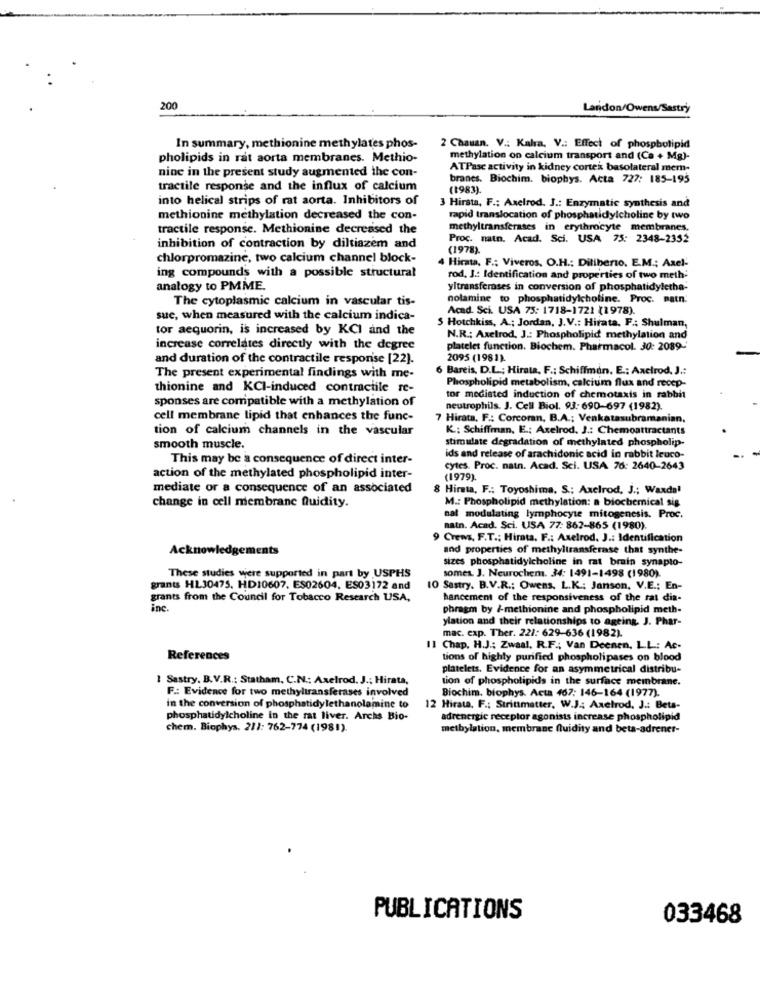
200
Landon/Owens/Sastry
In summary, methionine methylates phos-
2 Chauan. V .: Kahra. V .: Effect of phospholipid
pholipids in rat aorta membranes. Methio-
methylation on calcium transport and (Ca + Mg)-
nine in the present study augmented the con-
ATPase activity in kidney cortex basolateral mem-
branes. Biochim. biophys. Acta 727: 185-195
tractile response and the influx of calcium
(1983).
into helical strips of rat aorta. Inhibitors of
3 Hirsta, F .: Axelrod. J .: Enzymatic synthesis and
methionine methylation decreased the con-
rapid translocation of phosphatidylcholine by two
tractile response. Methionine decreased the
methyltransferases in erythrocyte membranes.
Proc. natn. Acad. Sci. USA 75: 2348-2352
inhibition of contraction by diltiazem and
(1978).
chlorpromazine, two calcium channel block-
Hirata, F .; Viveros, O.H .: Diliberto, E.M .; Axel-
ing compounds with a possible structural
rod, J .: Identification and properties of two meth;
analogy to PMME.
yltransferases in conversion of phosphatidyletha-
The cytoplasmic calcium in vascular tis-
nolamine to phosphatidylcholine. Proc. matn.
Acad. Sci. USA 75: 1718-1721 (1978).
suc, when measured with the calcium indica-
$ Hotchkiss, A .; Jordan, J.V .: Hirata, F .; Shulman,
tor aequorin, is increased by KCI and the
N.R .: Axelrod, J .: Phospholipid methylation and
increase correlates directly with the degree
platelet function. Biochem. Pharmacol. 30: 2089-
and duration of the contractile response [22].
2095 (1981).
6 Bareis, D.L .; Hirata, F .: Schiffman, E .: Axelrod, J .:
The present experimental findings with me-
Phospholipid metabolism, calcium flux and recep-
thionine and KCI-induced contractile re-
sponses are compatible with a methylation of
tor mediated induction of chemotaxis in rabbit
neutrophils. J. Cell Biol. 93: 690-697 (1982).
cell membrane lipid that enhances the func-
7 Hirata, F .: Corcoran, B.A .; Venkatasubramanian,
tion of calcium channels in the vascular
K .: Schiffman, E .: Axelrod, J .: Chemoattractants
stimulate degradation of methylated phospholip-
smooth muscle.
This may be a consequence of direct inter-
ids and release of arachidonic acid in rabbit leuco-
cytes. Proc. natn. Acad. Sci. USA 76: 2640-2643
action of the methylated phospholipid inter-
(1979).
mediate or a consequence of an associated
8 Hirata, F .: Toyoshima. S .: Axelrod, J .; Waxdal
change in cell membrane fluidity.
M .: Phospholipid methylation: a biochemical sig
nat modulating lymphocyte mitogenesis. Proc.
natn. Acad. Sci. USA 77: 862-865 (1980).
9 Crews, F.T .: Hirata, F .: Axelrod, J .: Identification
Acknowledgements
and properties of methyltransferase that synthe-
sizes phosphatidylcholine in rat brain synapto-
These studies were supported in part by USPHS
somes. J. Neurochem. 34: 1491-1498 (1980).
grants HL30475. HD10607. ES02604. ES03172 and
10 Sestry. B.V.R .: Owens. L.K .: Janson, V.E .; En-
grants from the Council for Tobacco Research USA,
hancement of the responsiveness of the rat dis-
inc.
phragm by /-methionine and phospholipid meth-
ylation and their relationships to ageing. J. Phar-
mac. exp. Ther. 221: 629-636 (1982)
11 Chap. H.J .: Zwaal, R.F .; Van Deenen, LL: Ac-
References
tions of highly purified phospholipases on blood
platelets. Evidence for an asymmetrical distribu-
1 Sestry. B.V.R .: Statham, C.N .: Axelrod. J .; Hirata,
tion of phospholipids in the surface membrane.
F .: Evidence for two methyltransferases involved
Biochim, biophys. Acta 467: 146-164 (1977).
in the conversion of phosphatidylethanolamine to
12 Hirata, F .: Strinmatter, W.J .: Axelrod, J .: Beta-
phosphatidylcholine in the rat liver. Archs Bio-
adrenergic receptor agonists increase phospholipid
chem. Biophys. 211: 762-774 (1981)
methylation, membrane fluidity and beta-adrener-
PUBLICATIONS
033468